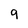
Character: 9